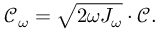
\mathcal { C } _ { \omega } = \sqrt { 2 \omega J _ { \omega } } \cdot \mathcal { C } .